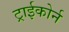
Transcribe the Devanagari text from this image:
ट्राईकोर्न